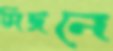
সিজনে